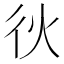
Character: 𫹐